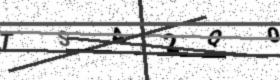
Text: TSA2Q0